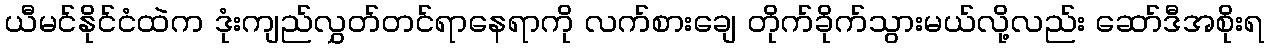
ယီမင်နိုင်ငံထဲက ဒုံးကျည်လွှတ်တင်ရာနေရာကို လက်စားချေ တိုက်ခိုက်သွားမယ်လို့လည်း ဆော်ဒီအစိုးရ